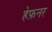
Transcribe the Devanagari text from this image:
हेफ़नर